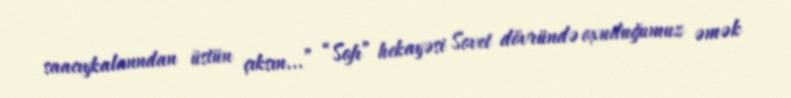
saacıykalanndan üstün çıksın...” “Sofı” hekayəsi Sovet dövründə oxuduğumuz əmək